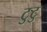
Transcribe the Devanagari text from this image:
टुटु